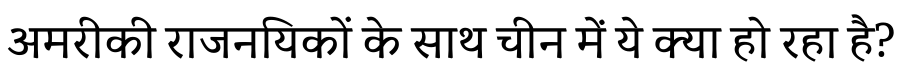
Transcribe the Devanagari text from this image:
अमरीकी राजनयिकों के साथ चीन में ये क्या हो रहा है?